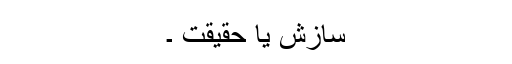
سازش یا حقیقت ۔